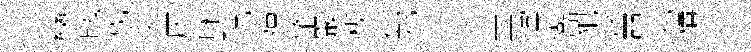
彎魄戎復仄咏貺疆肇巖楔幷郫賁圭灙讟犯齊亞窕構